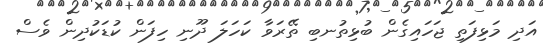
އަދި މަޅިފަތި ޖަހައިގެން ބުޅިތުނބި ތޭރަވާ ކަހަލަ ދޫނި ހިފަން ކުޑަކުދިން ވެސް